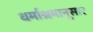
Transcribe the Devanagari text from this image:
धर्माश्रमानूसार